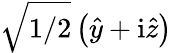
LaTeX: \sqrt{1/2}\left(\hat{y}+\mathrm{i}\hat{z}\right)